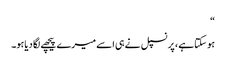
“
ہو سکتاہے ، پرنسپل نے ہی اسے میرے پیچھے لگا دیاہو۔